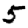
Digit: 5